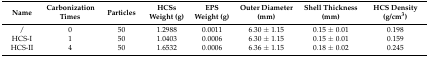
<table><thead><tr><td><b>Name</b></td><td><b>Carbonization Times</b></td><td><b>Particles</b></td><td><b>HCSs Weight (g)</b></td><td><b>EPS Weight (g)</b></td><td><b>Outer Diameter (mm)</b></td><td><b>Shell Thickness (mm)</b></td><td><b>HCS Density (g/cm<sup>3</sup>)</b></td></tr></thead><tbody><tr><td>/</td><td>0</td><td>50</td><td>1.2988</td><td>0.0011</td><td>6.30 ± 1.15</td><td>0.15 ± 0.01</td><td>0.198</td></tr><tr><td>HCS-I</td><td>1</td><td>50</td><td>1.0403</td><td>0.0006</td><td>6.30 ± 1.15</td><td>0.15 ± 0.01</td><td>0.159</td></tr><tr><td>HCS-II</td><td>4</td><td>50</td><td>1.6532</td><td>0.0006</td><td>6.36 ± 1.15</td><td>0.18 ± 0.02</td><td>0.245</td></tr></tbody></table>